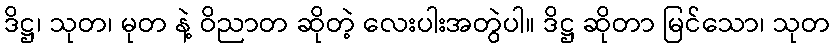
ဒိဋ္ဌ၊ သုတ၊ မုတ နဲ့ ဝိညာတ ဆိုတဲ့ လေးပါးအတွဲပါ။ ဒိဋ္ဌ ဆိုတာ မြင်သော၊ သုတ